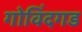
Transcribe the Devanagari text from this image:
गोविंदगड